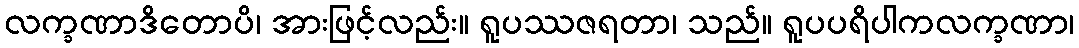
လက္ခဏာဒိတောပိ၊ အားဖြင့်လည်း။ ရူပဿဇရတာ၊ သည်။ ရူပပရိပါကလက္ခဏာ၊